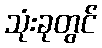
သုံးခုတွင်